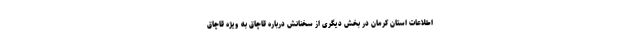
اطلاعات استان کرمان در بخش دیگری از سخنانش درباره قاچاق به ویژه قاچاق